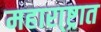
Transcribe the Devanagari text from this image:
महारा्ष्ट्रात